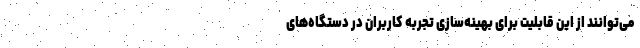
می‌توانند از این قابلیت برای بهینه‌سازی تجربه کاربران در دستگاه‌های